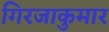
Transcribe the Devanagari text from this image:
गिरजाकुमार